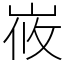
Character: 峳